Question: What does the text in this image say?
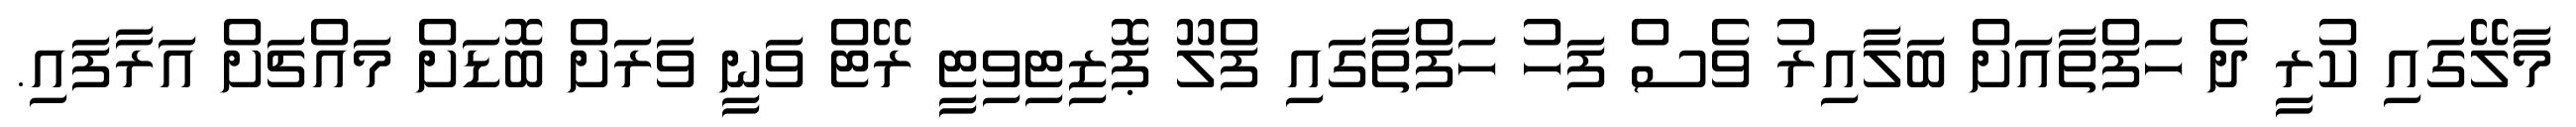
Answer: މާލޭގައި ކުރީ ދެ ހަފްތާއަށް ބަލާއިރު ވެސް ފަހު ހަފްތާގައި ފްލޫ ޕޮޒިޓިވިޓީ ރޭޓް ވަނީ ވަރަށް ބޮޑަށް މައްޗަށް އަރާފައި.